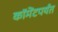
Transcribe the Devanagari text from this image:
कॉमेंटपर्यंत